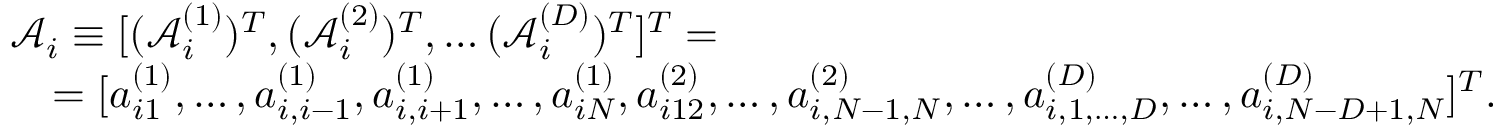
\begin{array} { l } { \mathcal { A } _ { i } \equiv [ ( \mathcal { A } _ { i } ^ { ( 1 ) } ) ^ { T } , ( \mathcal { A } _ { i } ^ { ( 2 ) } ) ^ { T } , \ldots ( \mathcal { A } _ { i } ^ { ( D ) } ) ^ { T } ] ^ { T } = } \\ { \quad = [ a _ { i 1 } ^ { ( 1 ) } , \ldots , a _ { i , i - 1 } ^ { ( 1 ) } , a _ { i , i + 1 } ^ { ( 1 ) } , \ldots , a _ { i N } ^ { ( 1 ) } , a _ { i 1 2 } ^ { ( 2 ) } , \ldots , a _ { i , N - 1 , N } ^ { ( 2 ) } , \ldots , a _ { i , 1 , \ldots , D } ^ { ( D ) } , \ldots , a _ { i , N - D + 1 , N } ^ { ( D ) } ] ^ { T } . } \end{array}